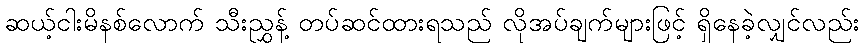
ဆယ့်ငါးမိနစ်လောက် သီးညွှန့် တပ်ဆင်ထားရသည် လိုအပ်ချက်များဖြင့် ရှိနေခဲ့လျှင်လည်း